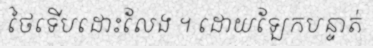
ថៃទើបដោះលែង ។ ដោយឡែកបន្ទាត់